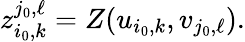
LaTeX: z_{i_{0},k}^{j_{0},\ell}=Z(u_{i_{0},k},v_{j_{0},\ell}).